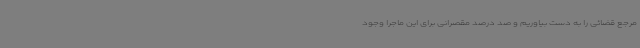
مرجع قضائی را به دست بیاوریم و صد درصد مقصرانی برای این ماجرا وجود